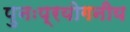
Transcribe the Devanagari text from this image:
पुनःप्रयोगनीय